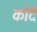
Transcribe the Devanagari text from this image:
कोर्द